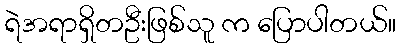
ရဲအရာရှိတဦးဖြစ်သူ က ပြောပါတယ်။